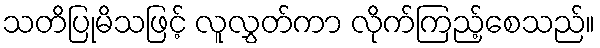
သတိပြုမိသဖြင့် လူလွှတ်ကာ လိုက်ကြည့်စေသည်။